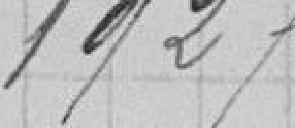
1927